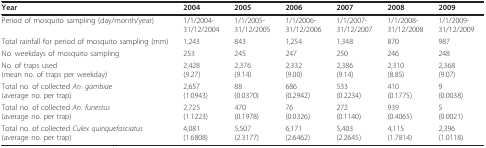
<table><thead><tr><td><b>Year</b></td><td><b>2004</b></td><td><b>2005</b></td><td><b>2006</b></td><td><b>2007</b></td><td><b>2008</b></td><td><b>2009</b></td></tr></thead><tbody><tr><td>Period of mosquito sampling (day/month/year)</td><td>1/1/2004-31/12/2004</td><td>1/1/2005-31/12/2005</td><td>1/1/2006-31/12/2006</td><td>1/1/2007-31/12/2007</td><td>1/1/2008-31/12/2008</td><td>1/1/2009-31/12/2009</td></tr><tr><td>Total rainfall for period of mosquito sampling (mm)</td><td>1,243</td><td>843</td><td>1,254</td><td>1,348</td><td>870</td><td>987</td></tr><tr><td>No. weekdays of mosquito sampling</td><td>253</td><td>245</td><td>247</td><td>250</td><td>246</td><td>248</td></tr><tr><td>No. of traps used(mean no. of traps per weekday)</td><td>2,428(9.27)</td><td>2,376(9.14)</td><td>2,332(9.00)</td><td>2,386(9.14)</td><td>2,310(8.85)</td><td>2,368(9.07)</td></tr><tr><td>Total no. of collected <i>An. gambiae </i>(average no. per trap)</td><td>2,657(1.0943)</td><td>88(0.0370)</td><td>686(0.2942)</td><td>533(0.2234)</td><td>410(0.1775)</td><td>9(0.0038)</td></tr><tr><td>Total no. of collected <i>An. funestus </i>(average no. per trap)</td><td>2,725(1.1223)</td><td>470(0.1978)</td><td>76(0.0326)</td><td>272(0.1140)</td><td>939(0.4065)</td><td>5(0.0021)</td></tr><tr><td>Total no. of collected <i>Culex quinquefasciatus </i>(average no. per trap)</td><td>4,081(1.6808)</td><td>5,507(2.3177)</td><td>6,171(2.6462)</td><td>5,403(2.2645)</td><td>4,115(1.7814)</td><td>2,396(1.0118)</td></tr></tbody></table>